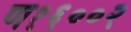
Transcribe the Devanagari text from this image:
ण१६००२